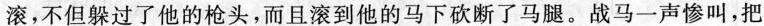
滚，不但躲过了他的枪头，而且滚到他的马下砍断了马腿。战马一声惨叫，把